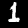
Digit: 1